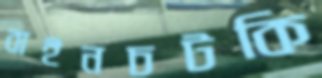
বাইনচটকি